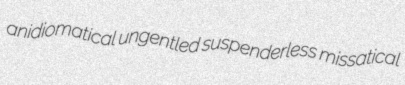
anidiomatical ungentled suspenderless missatical